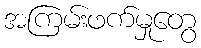
အကြမ်းဖက်မှုတွေ